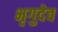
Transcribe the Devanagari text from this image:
भृगुदेव